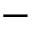
-